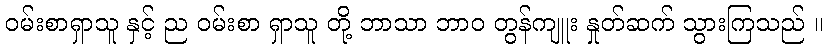
ဝမ်းစာရှာသူ နှင့် ည ဝမ်းစာ ရှာသူ တို့ ဘာသာ ဘာဝ တွန်ကျူး နှုတ်ဆက် သွားကြသည် ။